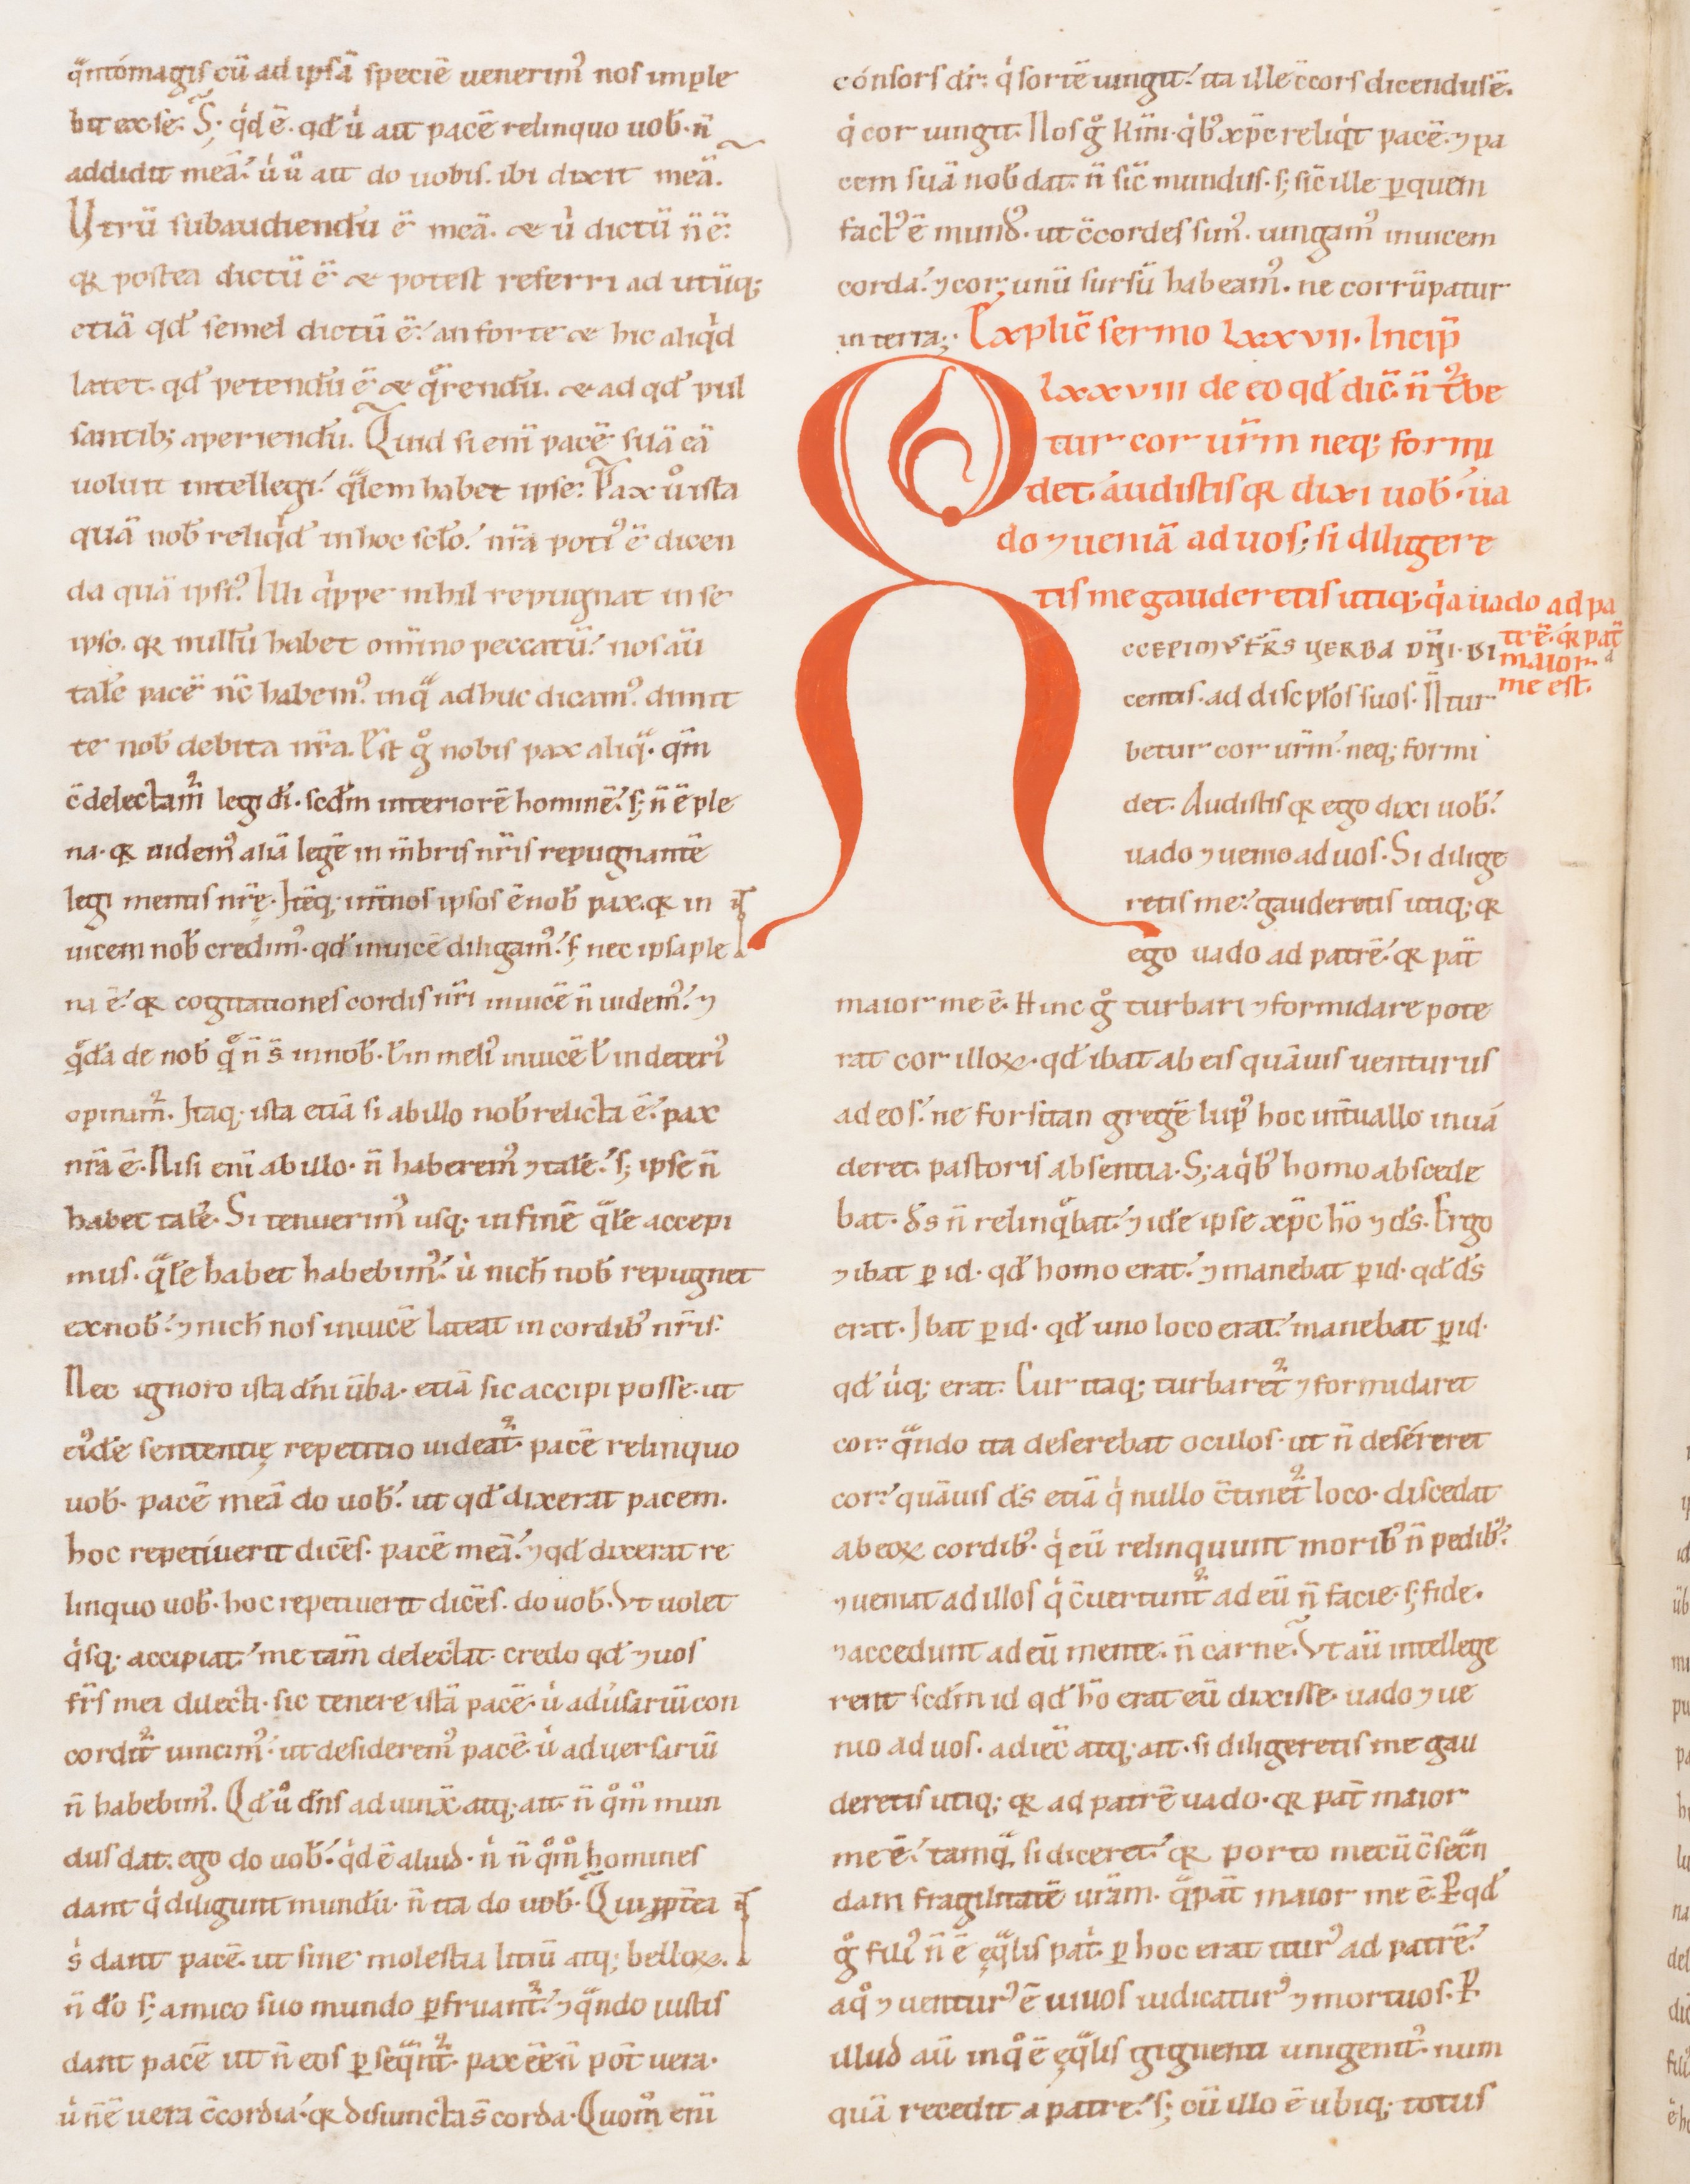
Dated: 1100–1199